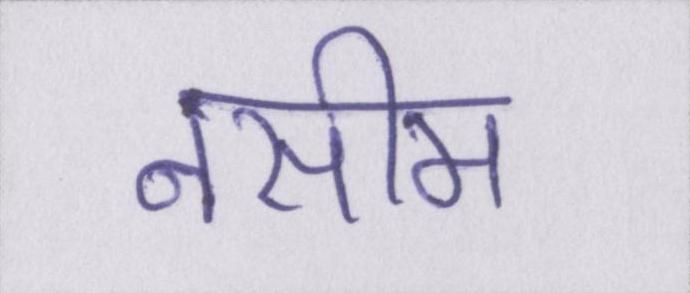
नसीम